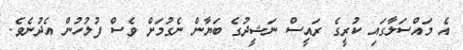
އެ މައްސަލާގައި ކުރީގެ ރައީސް ނަޝީދުގެ ބަޔާން ނެގުމަށް ވެސް ފުލުހުން އެދުނެވެ.